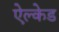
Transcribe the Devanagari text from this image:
ऐल्केड